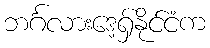
ဘင်္ဂလားဒေ့ရှ်နိုင်ငံက